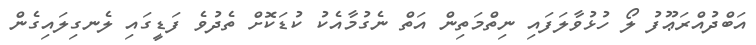
އަބްދުއްރަޢޫފު ލޯ ހުޅުވާލަފައި ނިތްމަތިން އަތް ނެގުމާއެކު ކުޑަކޮށް ތެދުވެ ފަޑީގައި ލެނގިލައިގެން